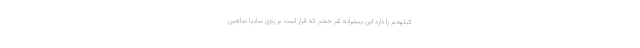
کیلومتر را دارد این پیشرانه کم حجم که قرار است بر روی سایپا شاهین